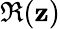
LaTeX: \Re(\mathbf{z})